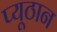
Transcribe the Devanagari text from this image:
प्यूठान